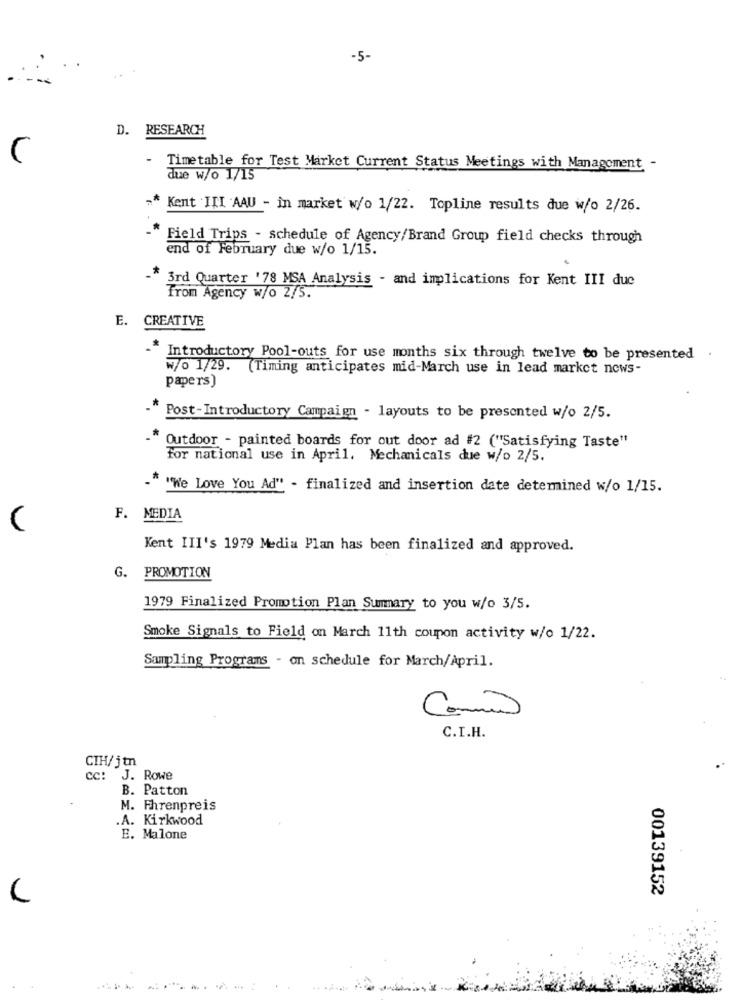
-5-
D. RESEARCH
-
Timetable for Test Market Current Status Meetings with Management -
due w/o 1/15
-*
Kent III AAU - in market w/o 1/22. Topline results due w/o 2/26.
Field Trips - schedule of Agency/Brand Group field checks through
end of February due w/o 1/15.
3rd Quarter '78 MSA Analysis - and implications for Kent III due
Trom Agency w/o 2/5.
E. CREATIVE
Introductory Pool-outs for use months six through twelve to be presented
W/o 1/29. (Timing anticipates mid-March use in lead market news-
papers)
Post-Introductory Campaign - layouts to be presented w/o 2/5.
Outdoor - painted boards for out door ad #2 ("Satisfying Taste"
For national use in April. Mechanicals due w/o 2/5.
"We Love You Ad" - finalized and insertion date detemined w/o 1/15.
F. MEDIA
Kent III's 1979 Media Plan has been finalized and approved.
G. PROMOTION
1979 Finalized Promotion Plan Summary to you w/o 3/5.
Smoke Signals to Field on March 11th coupon activity w/o 1/22.
Sampling Programs - on schedule for March/April.
C.I.H.
CIH/jtn
cc: J. Rowe
B. Patton
M. Fhrenpreis
.A. Kirkwood
E. Malone
00139152